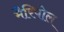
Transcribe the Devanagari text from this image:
मैरिपोल